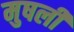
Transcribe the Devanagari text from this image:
मुषली